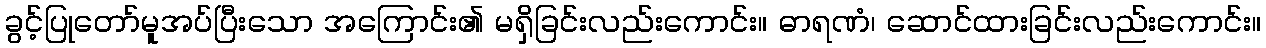
ခွင့်ပြုတော်မူအပ်ပြီးသော အကြောင်း၏ မရှိခြင်းလည်းကောင်း။ ဓာရဏံ၊ ဆောင်ထားခြင်းလည်းကောင်း။